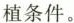
植条件。